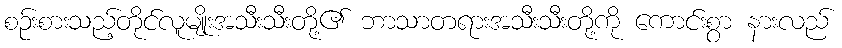
စဉ်းစားသည့်တိုင်လူမျိုးအသီးသီးတို့၏ ဘာသာတရားအသီးသီးတို့ကို ကောင်းစွာ နားလည်